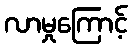
လာမှုကြောင့်